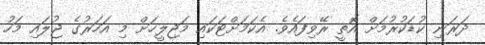
ދަރަނި ކުޑަކުރުމަށް އޮތީ ރޭވިފައެވެ. އެކަމަށްޓަކައި މަޖިލީހަށް މި އަހަރުގެ ޖުލައި މަހު